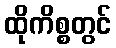
ထိုကိစ္စတွင်